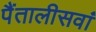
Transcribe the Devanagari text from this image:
पैंतालीसवां